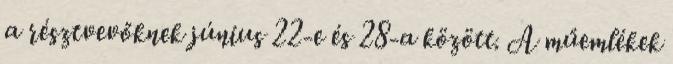
a résztvevőknek június 22-e és 28-a között. A műemlékek